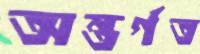
অন্তর্গত